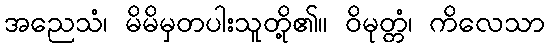
အညေသံ၊ မိမိမှတပါးသူတို့၏။ ဝိမုတ္တံ၊ ကိလေသာ